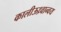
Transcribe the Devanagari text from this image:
कालीऊध्र्वान्वय